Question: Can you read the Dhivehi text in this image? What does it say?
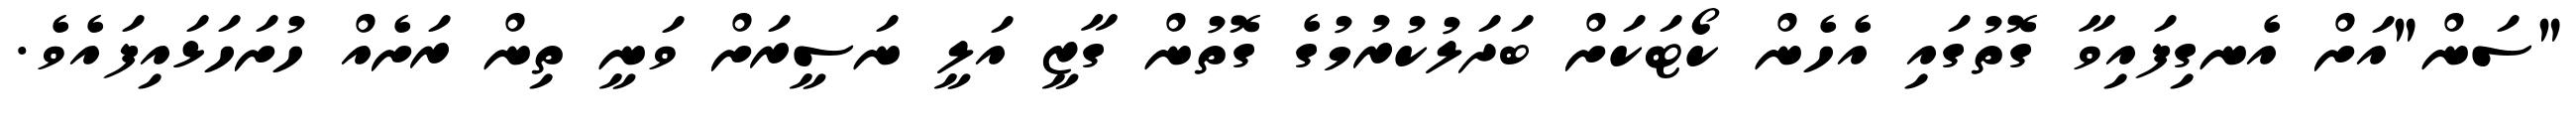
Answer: "ސަން"އަށް އެނގިފައިވާ ގޮތުގައި އެހެން ކޯޓަކަށް ބަދަލުކުރުމުގެ ގޮތުން ގާޒީ އަލީ ނަސީރަށް ވަނީ ތިން ރަށެއް ހުށަހަޅައިފައެވެ.